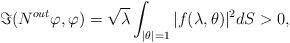
\begin{align*}\Im(N^{out}\varphi,\varphi)=\sqrt{\lambda}\int_{|\theta|=1}|f(\lambda,\theta)|^2dS>0,\end{align*}